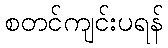
စတင်ကျင်းပရန်